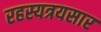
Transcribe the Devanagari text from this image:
रहस्यत्रयसार